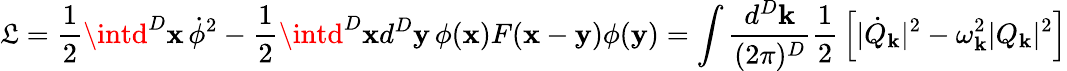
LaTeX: \mathfrak{L}={\frac{{1}}{{2}}}\intd^{D}{\mathbf{x}}\, \dot{{\phi}}^{2}-{\frac{{1}}{{2}}}\intd^{D}{\mathbf{x}}d^{D}{\mathbf{y}}\, \phi({\mathbf{x}})F({\mathbf{x}}-{\mathbf{y}})\phi({\mathbf{y}})=\int{\frac{{d^{D}{\mathbf{k}}}}{{(2\pi)^{D}}}}{\frac{{1}}{{2}}}\left[|\dot{{Q}}_{\mathbf{k}}|^{2}-\omega_{\mathbf{k}}^{2}|Q_{\mathbf{k}}|^{2}\right]